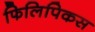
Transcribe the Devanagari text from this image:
फिलिपिकस